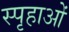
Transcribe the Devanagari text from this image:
स्पृहाओं